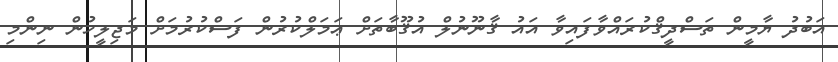
އަބުދު ޔާމީން ތަސްދީޤްކުރައްވާފައިވާ އައު ޤާނޫނުލް އުޤޫބާތަށް ޢަމަލްކުރުން ފަސްކުރުމަށް މަޖިލީހުން ނިންމި